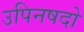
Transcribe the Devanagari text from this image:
उपिनषदो